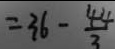
= 3 6 - \frac { 4 4 } { 3 }